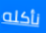
نأكله